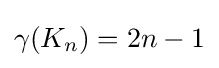
\gamma (K_{n})=2n-1